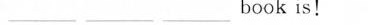
___ book is!